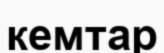
кемтар